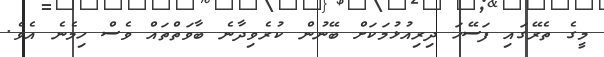
މީގެ ތެރޭގައި ފަސޭހަ ދިރިއުޅުމަކަށް ބޭނުން ކުރެވިދާނެ ބާވަތްތައް ވެސް ހިމެނެ އެވެ.